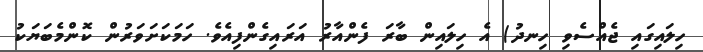
ހިލައިގައި ޖެއްސެވި ހިނދު) އެ ހިލައިން ބާރަ ފެންއާރު އަރައިގެންފިއެވެ. ހަމަކަށަވަރުން ކޮންމެބަޔަކު